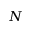
N